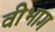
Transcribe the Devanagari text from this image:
वीभाग